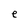
Character: e